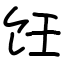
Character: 饪